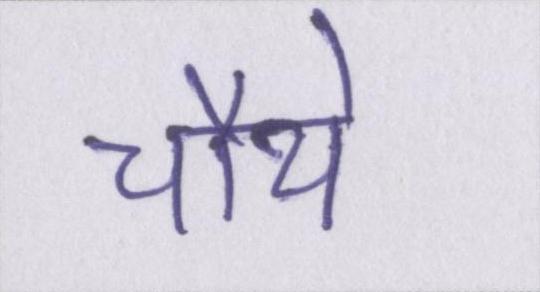
चौथे